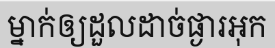
ម្នាក់ឲ្យដួលដាច់ផ្ងារអុក